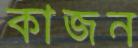
কাজন